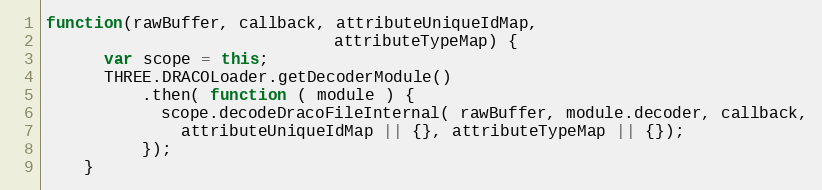
Language: JavaScript
function(rawBuffer, callback, attributeUniqueIdMap,
                              attributeTypeMap) {
      var scope = this;
      THREE.DRACOLoader.getDecoderModule()
          .then( function ( module ) {
            scope.decodeDracoFileInternal( rawBuffer, module.decoder, callback,
              attributeUniqueIdMap || {}, attributeTypeMap || {});
          });
    }